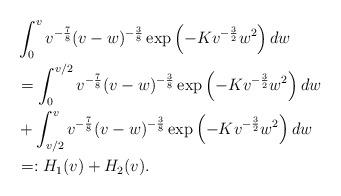
LaTeX: \begin{align*} &\int_{0}^{v}v^{-\frac{7}{8}}(v-w)^{-\frac{3}{8}}\exp\left(-Kv^{-\frac{3}{2}}w^2\right) dw \\&= \int_{0}^{v/2}v^{-\frac{7}{8}}(v-w)^{-\frac{3}{8}}\exp\left(-Kv^{-\frac{3}{2}}w^2\right) dw \\& + \int_{v/2}^{v}v^{-\frac{7}{8}}(v-w)^{-\frac{3}{8}}\exp\left(-Kv^{-\frac{3}{2}}w^2\right) dw \\&=: H_1(v)+ H_2(v).\end{align*}